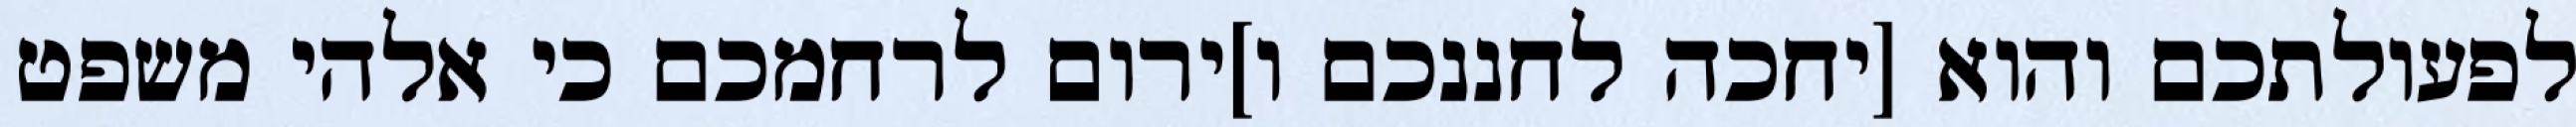
לפעולתכם והוא [יחכה לחננכם ו]ירום לרחמכם כי אלהי משפט